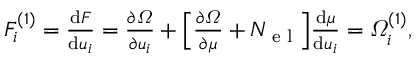
\begin{array} { r } { F _ { i } ^ { ( 1 ) } = \frac { \mathrm d F } { \mathrm d u _ { i } } = \frac { \partial \varOmega } { \partial u _ { i } } + \Bigl [ \frac { \partial \varOmega } { \partial \mu } + N \sb { \textnormal { e l } } \Bigr ] \frac { \mathrm d \mu } { \mathrm d u _ { i } } = \varOmega _ { i } ^ { ( 1 ) } , } \end{array}